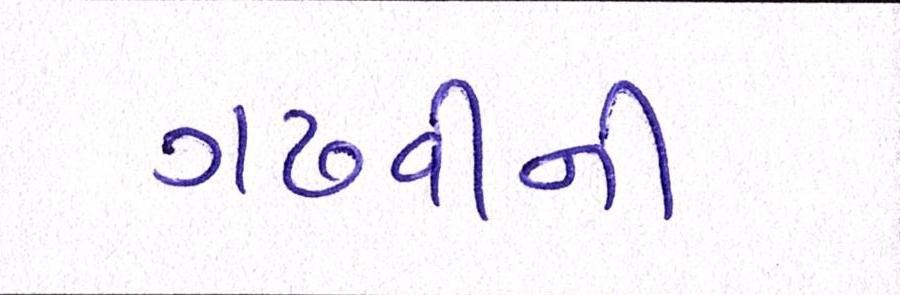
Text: ગઢવીની